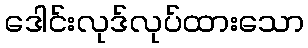
ဒေါင်းလုဒ်လုပ်ထားသော